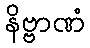
နိဗ္ဗာဏံ